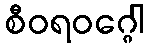
စီဝရဝဂ္ဂေါ